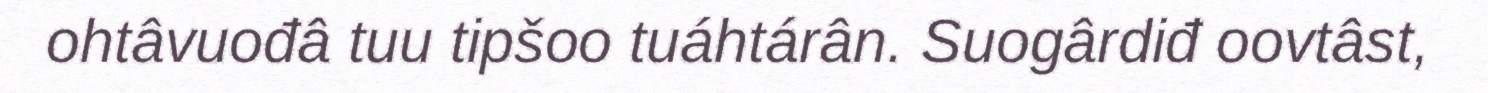
ohtâvuođâ tuu tipšoo tuáhtárân. Suogârdiđ oovtâst,